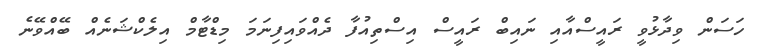
ހަސަން ވިދާޅުވީ ރައީސްއާއި ނައިބް ރައީސް އިސްތިއުފާ ދެއްވައިފިނަމަ މިޑްޓާމް އިލެކްޝަނެއް ބޭއްވޭނެ